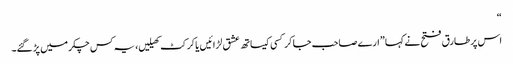
“
اس پر طارق فتح نے کہا ”ارے صاحب جا کر کسی کیساتھ عشق لڑائیں یا کرکٹ کھیلیں، یہ کس چکر میں پڑ گئے۔